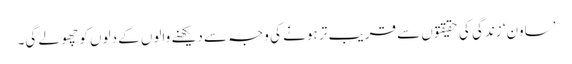
’ساون‘ زندگی کی حقیقتوں سے قریب تر ہونے کی وجہ سے دیکھنے والوں کے دلوں کو چھو لے گی۔